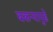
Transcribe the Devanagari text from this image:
बकऱ्यापुढे